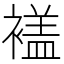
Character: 𧜡